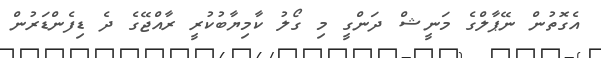
އެގޮތުން ނޭޕާލްގެ މަނީޝް ދަންގީ މި ގޯލު ކާމިޔާބުކުރީ ރާއްޖޭގެ ދެ ޑިފެންޑަރުން